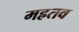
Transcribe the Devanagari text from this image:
मह्रतव